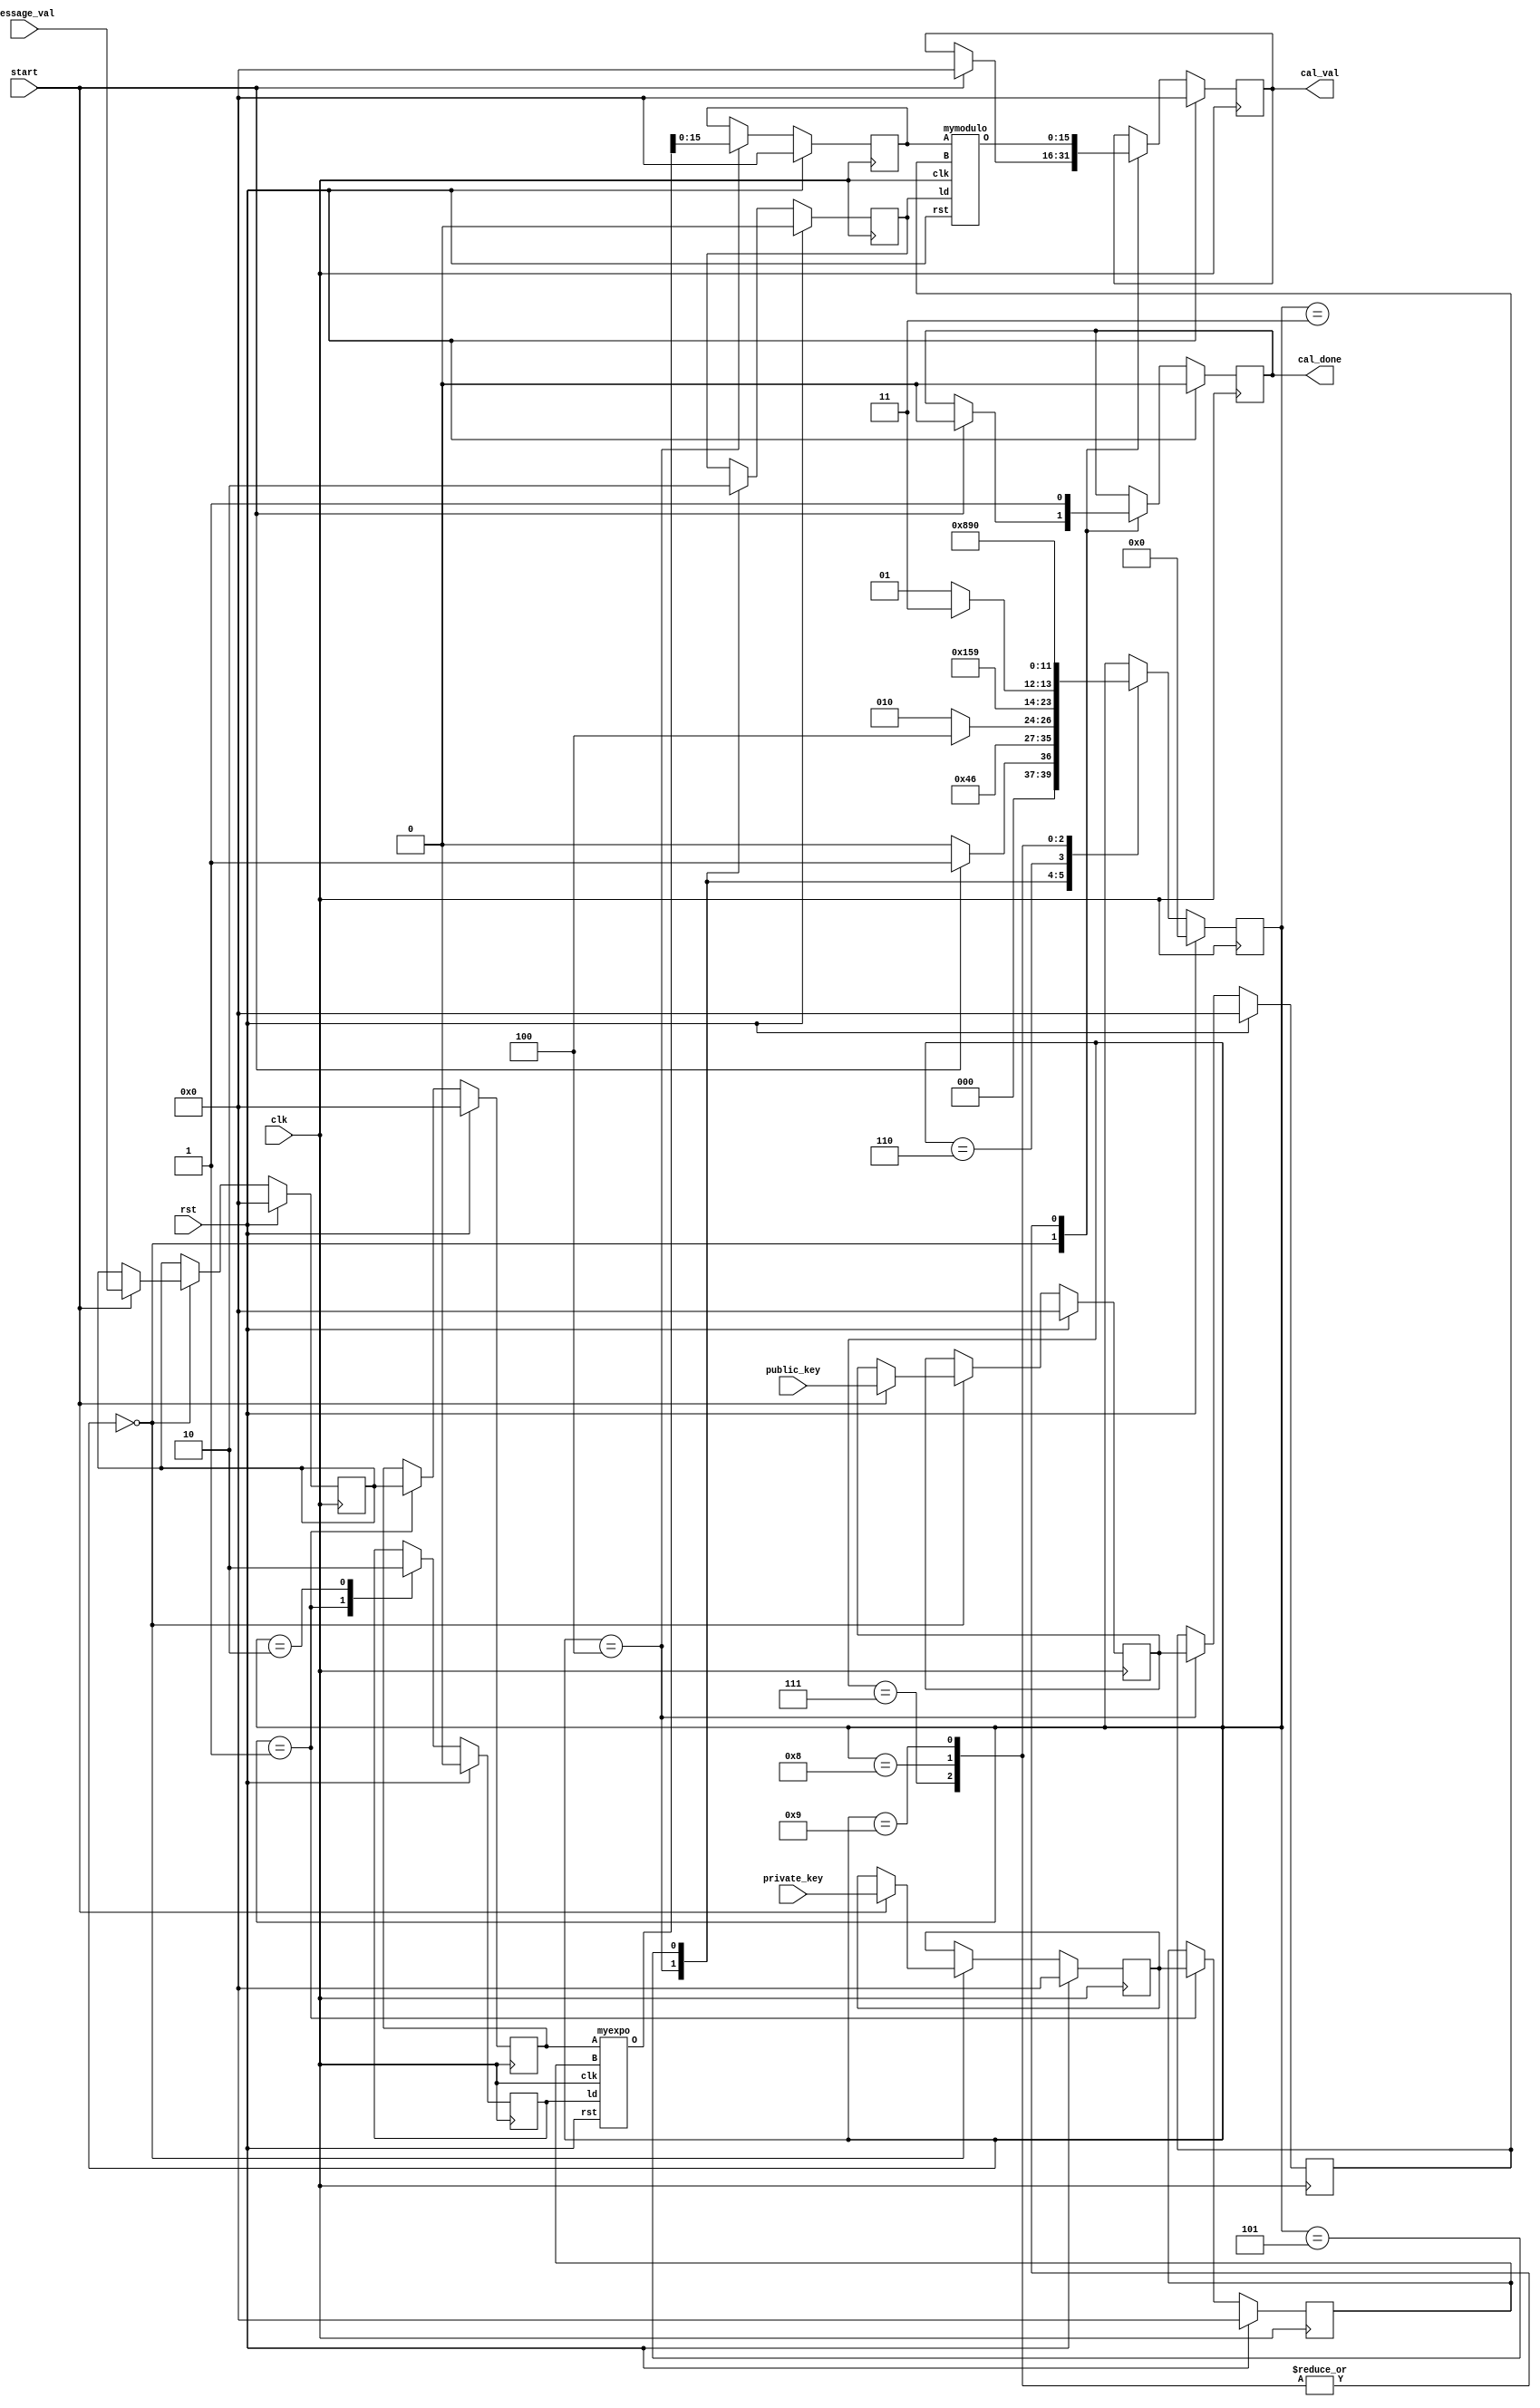
module proj2(clk, rst, start, private_key, public_key, message_val, cal_done, cal_val);

	input clk, start, rst;
	input [15:0]private_key, public_key, message_val;
	output reg cal_done;
	output reg [15:0]cal_val;
	
	reg [3:0]state;
	reg [15:0]private, public, message;
	reg ldexp, ldmod;
	reg [15:0] Amod, Bmod;
	reg [15:0] Aexp, Bexp;
	wire [15:0] Omod;
	wire [31:0] Oexp;
	
	parameter Capture_State=4'b0000;
	parameter Exponent_state1=4'b0001;
	parameter Exponent_state2=4'b0010;
	parameter Exponent_state3=4'b0011;
	parameter Mod_state1=4'b0100;
	parameter Mod_state2=4'b0101;
	parameter Mod_state3=4'b0110;
	parameter Cal_done_state1=4'b0111;
	parameter Cal_done_state2=4'b1000;
	parameter Cal_done_state3=4'b1001;

	myexpo exp(clk, rst, ldexp, Aexp, Bexp, Oexp);
	mymodulo mod(clk, rst, ldmod, Amod, Bmod, Omod);

	always@(posedge clk) begin
		if(rst) begin
			cal_val<=0;
			cal_done<=0;
			private<=0;
			public<=0;
			message<=0;
			ldexp<=0;
			ldmod<=0;
			Amod<=0;
			Bmod<=0;
			Aexp<=0;
			Bexp<=0;
			state<=Capture_State;
		end
		else begin
			case(state)
				Capture_State: begin
					if(start) begin
						cal_val<=0;
						cal_done<=0;
						private<=private_key;
						public<=public_key;
						message<=message_val;
						state<=Exponent_state1;
					end
					else begin
						state<=0;
					end
				end
				Exponent_state1: begin
					Aexp<=message;
					Bexp<=private;
					ldexp<=1;
					state<=Exponent_state2;
				end
				Exponent_state2: begin
					ldexp<=0;
					state<=Exponent_state3;
				end
				Exponent_state3: begin
					if(exp.done) state<=Mod_state1;
					else state<=Exponent_state2;
				end
				Mod_state1: begin
					Amod<=Oexp[15:0];
					Bmod<=public;
					ldmod<=1;
					state<=Mod_state2;
				end
				Mod_state2: begin
					ldmod<=0;
					state<=Mod_state3;
				end
				Mod_state3: begin
					if(mod.done) state<=Cal_done_state1;
					else state<=Mod_state2;
				end
				Cal_done_state1: begin
					cal_done<=1;
					cal_val<=Omod;
					state<=Cal_done_state2;
				end
				Cal_done_state2: begin
					cal_done<=1;
					cal_val<=Omod;
					state<=Cal_done_state3;
				end
				Cal_done_state3: begin
					cal_done<=1;
					cal_val<=Omod;
					state<=Capture_State;
				end
				default: state<=state;
			endcase
		end
	end

endmodule


module fullsubtractor (input [15:0] x, input [15:0] y, output [15:0] o);

	assign o=y-x;
	
endmodule


module mymodulo(clk, rst, ld, A, B, O);

	input clk, rst, ld;//enable
	input [15:0]A;
	input [15:0]B;
	output reg[15:0]O;//output
	
	reg state;
	reg done;
	reg [15:0] a;
	reg [15:0] b;
	wire [15:0] subtracted;
	
	fullsubtractor subtracting(b,a,subtracted);
	
always @(posedge clk or posedge rst)
begin
	if(rst) begin
		O<=16'b0;
		state<=0;
		done<=0;
	end
	else begin
		case(state)
			0:begin
				//done<=0;
				if(ld==1) begin
					a<=A;
					b<=B;
					done<=0;
					state<=1;
				end
				else begin
					state<=0;
				end
			end
			1:begin
				if(a >= b)
				begin
					//O and A go to Full subtractor
					//shifter (a,C,o);
					//full_adder (o==shifted a,O,subtracted);
					a<=subtracted;
					state<=1;
				end
				else begin
					done<=1;
					O<=a;
					state<=0;
				end
			end
			default: state <= state;
		endcase
	 end
end
endmodule

module fulladder (input [31:0] x, input [31:0] y, output [31:0] o);

	assign o=y+x;
	
endmodule

module shifter (input [15:0] in, input [3:0] n, output [31:0] o);

	reg [31:0] out_reg;
	assign o = out_reg;
	
	always @(n or in)
	case (n)
		15 : out_reg <= { in[15:0],15'b0};
		14 : out_reg <= { in[15:0],14'b0};
		13 : out_reg <= { in[15:0],13'b0};
		12 : out_reg <= { in[15:0],12'b0};
		11 : out_reg <= { in[15:0],11'b0};
		10 : out_reg <= { in[15:0],10'b0};
		9 : out_reg <= { in[15:0],9'b0};
		8 : out_reg <= { in[15:0],8'b0};
		7 : out_reg <= { in[15:0],7'b0};
		6 : out_reg <= { in[15:0],6'b0};
		5 : out_reg <= { in[15:0],5'b0};
		4 : out_reg <= { in[15:0],4'b0};
		3 : out_reg <= { in[15:0],3'b0};
		2 : out_reg <= { in[15:0],2'b0};
		1 : out_reg <= { in[15:0],1'b0};
		0 : out_reg <= in[15:0];
	endcase
	
endmodule

module myexpo(clk, rst, ld, A, B, O);

	input clk, rst, ld;//enable
	input [15:0]A;
	input [15:0]B;
	output reg[31:0]O;//output
	
	reg [3:0]C;//counter
	reg [15:0]E;
	reg [2:0]state;
	reg done;
	reg [15:0] a;
	reg [15:0] b;
	reg [31:0] o;
	wire [31:0] shifted; 
	wire [31:0] added;
	
	shifter shifting(a,C,shifted);
	fulladder adding(o,O,added);
	
always @(posedge clk or posedge rst)
begin
	if(rst) begin
		O<=16'b0;
		state<=0;
	end
	else begin
		case(state)
			0:begin
				//done<=0;
				if(ld==1) begin
					a<=A;
					b<=A;
					E<=B;
					C<=0;
					done<=0;
					state<=1;
				end
				else begin
					state<=0;
				end
			end
			1:begin
				if(E==0) begin
					O <= 1;
					done <= 1;
					state <= 0;
				end
				else if(E==1) begin
					O <= a;
					done <= 1;
					state <= 0;
				end
				else if(b[C]==1)
				begin
					//O and A go to Full adder/shifter
					//shifter (a,C,o);
					//full_adder (o==shifted a,O,added);
					a<=A;
					o<=shifted;
					C<=C+1;
					state<=2;
				end
				else begin
					//O and zero to fulladder
					//full_adder (o==0,O,added);
					o<=0;
					C<=C+1;
					state<=2;
				end
			end
			2:begin
				//fulladder (a, b, O);
				O<=added;
				if(C==done) begin
					state<=3;
					E<=E-1;
				end
				else
					state<=1;
			end
			3:begin
				if(E==1)
					state <= 4;
				else begin
					b<=O;
					O<=0;
					state <= 1;
				end
			end
			4:begin
				done<=1;
				state<=0;
			end
			default: state <= state;
		endcase
	 end
end
endmodule


module proj2_tb();

	reg clk, rst, start;
	reg [15:0]private_key, public_key, message_val;
	wire cal_done;
	wire [15:0]cal_val;

	proj2 dut(clk, rst, start, private_key, public_key, message_val, cal_done, cal_val);

	always #5 clk = ~clk;
	initial
	begin
		clk=0;
		rst=1'b0;
		#4 rst = 1'b1;
		#6 rst = 1'b0;
		begin
			start=1;
			message_val=9;
			private_key=3;
			public_key=33;
			#10 start=0;
			#2000 $display ("Encoding Section:\nprivate key = %0d, public key = %0d, message = %0d, encrypted value = %0d",private_key,public_key,message_val,cal_val);
			#5 rst = 1'b1;
			#5 rst = 1'b0;
			start=1;
			message_val=3;
			private_key=7;
			public_key=33;
			#10 start=0;
			#4000 $display ("Decoding Section:\nprivate key = %0d, public key = %0d, message = %0d, decrypted value = %0d",private_key,public_key,message_val,cal_val);
		end
		#100 $finish;
	end
endmodule